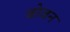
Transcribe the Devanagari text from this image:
बोजन